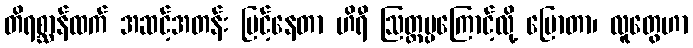
တိရစ္ဆာန်ထက် အဆင့်အတန်း မြင့်နေတာ ဟိရီ ဩတ္တပ္ပကြောင့်လို့ ပြောတာ၊ လူတွေဟာ